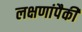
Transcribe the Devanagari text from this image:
लक्षणांपैकी